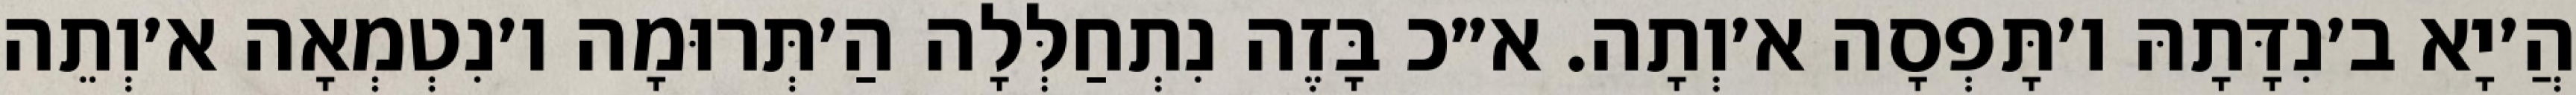
הֲ׳יָא ב׳נִדָּתָהּ ו׳תָּפְסָה א׳וְתָה. א״כ בָּזֶה נִתְחַלְּלָה הַ׳תְּרוּמָה ו׳נִטְמְאָה א׳וְתֵה